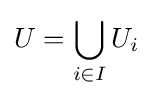
U=\bigcup _{i\in I}U_{i}